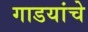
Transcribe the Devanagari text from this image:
गाडयांचे